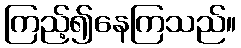
ကြည့်၍နေကြသည်။